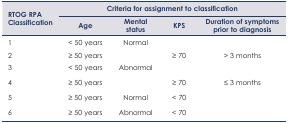
| <ROWSPAN=3> RTOG RPA Classification | <COLSPAN=4> Criteria for assignment to classification |
 | Age | Mental status | KPS | Duration of symptoms prior to diagnosis |
 | --- | --- | --- | --- | --- |
 | 1 | < 50 years | Normal |  |  |
 | 2 | ≥ 50 years |  | ≥ 70 | > 3 months |
 | 3 | < 50 years | Abnormal |  |  |
 | 4 | ≥ 50 years |  | ≥ 70 | ≥ 3 months |
 | 5 | ≥ 50 years | Normal | < 70 |  |
 | 6 | ≥ 50 years | Abnormal | < 70 |  |